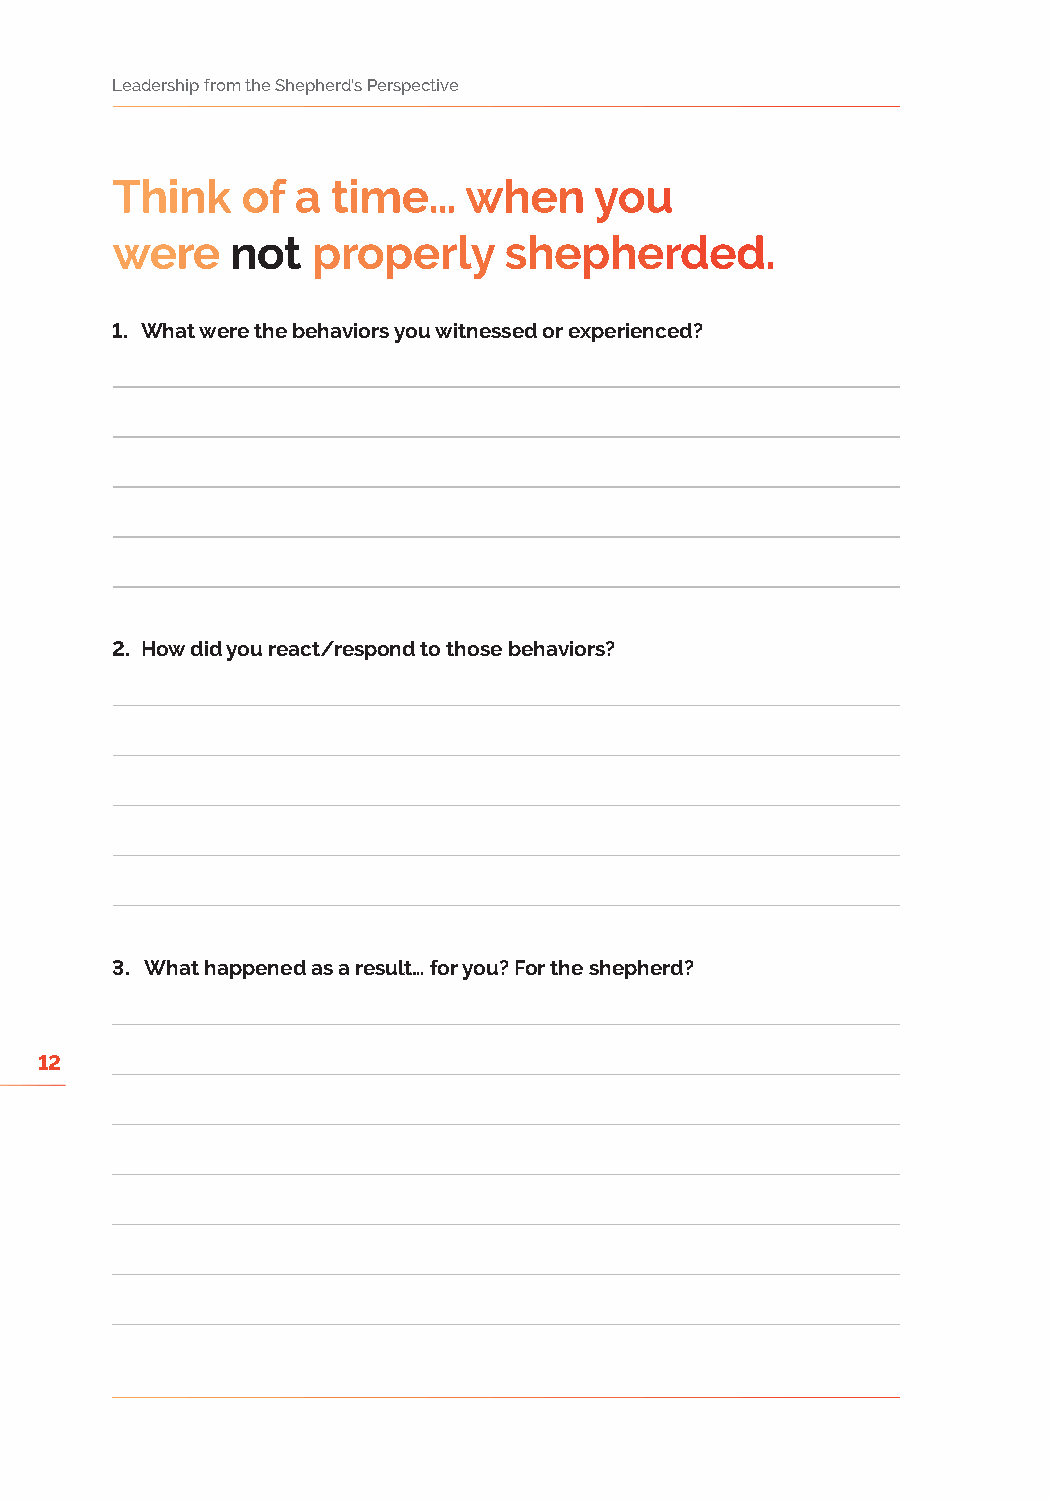
Leadership from the Shepherd’s Perspective
 Think    of  a time…    when    you
 were    not   properly    shepherded.
 1. What were the behaviors you witnessed or experienced?
 2. How did you react/respond to those behaviors?
 3. What happened as a result… for you? For the shepherd?
 12